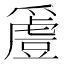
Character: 𬋵